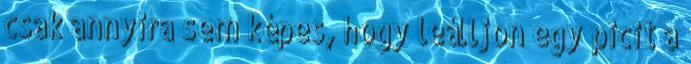
csak annyira sem képes, hogy leálljon egy picit a